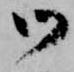
御